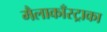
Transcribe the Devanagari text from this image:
मैलाकाँस्ट्राका